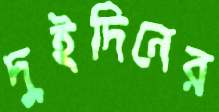
দুইদিনের